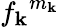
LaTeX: {f_{\mathbf{k}}}^{m_{\mathbf{k}}}